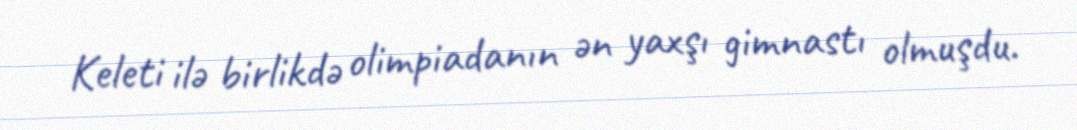
Keleti ilə birlikdə olimpiadanın ən yaxşı gimnastı olmuşdu.